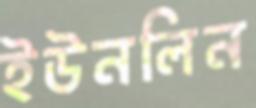
ইউনলিন